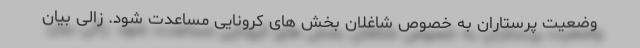
وضعیت پرستاران به خصوص شاغلان بخش های کرونایی مساعدت شود. زالی بیان